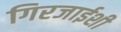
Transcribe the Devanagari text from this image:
गिरजाईशी